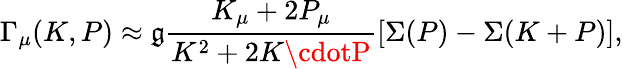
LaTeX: \Gamma_{\mu}(K,P)\approx\mathfrak{g}\frac{{K_{\mu}+2P_{\mu}}}{{K^{2}+2K\cdotP}}\left[\Sigma(P)-\Sigma(K+P)\right],